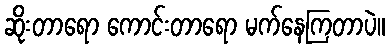
ဆိုးတာရော ကောင်းတာရော မက်နေကြတာပဲ။